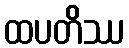
ထပတိဿ